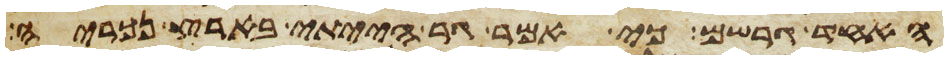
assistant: האחד גרשם כי אמר גר הייתי בארץ נכריה